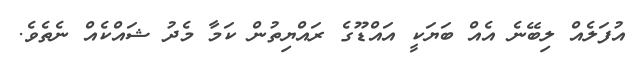
އުފަލެއް ލިބޭނެ އެއް ބަޔަކީ އައްޑޫގެ ރައްޔިތުން ކަމާ މެދު ޝައްކެއް ނެތެވެ.